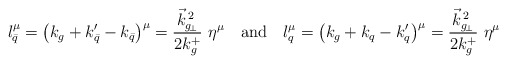
\begin{align*}l_{\bar q} ^\mu = \left(k_g + k_{\bar q}^\prime - k_{\bar q}\right) ^\mu = {\vec k _{g_{\!\perp}} ^{\,2}\over 2k_g^+}\ \eta ^\mu \quad{\rm and}\quad l^\mu_q = \left(k_g + k_q - k_q^\prime\right) ^\mu = {\vec k _{g_{\!\perp}} ^{\,2}\over 2k_g^+}\ \eta ^\mu\end{align*}